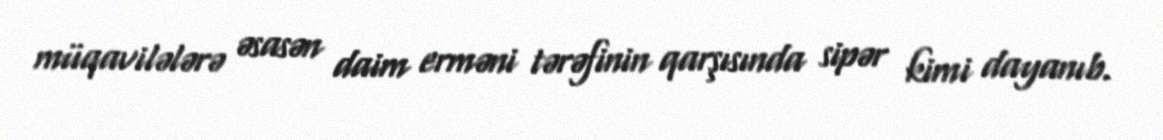
müqavilələrə əsasən daim erməni tərəfinin qarşısında sipər kimi dayanıb.